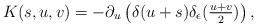
LaTeX: \begin{align*} K(s, u, v) = -\partial_u \left( \delta(u + s) \delta_{\epsilon}(\tfrac{u+v}{2}) \right), \end{align*}